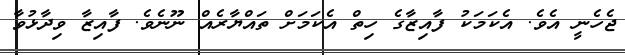
ޖެހެނީ އެވެ. އެކަމަކު ފާއިޒާގެ ހިތް އެކަމަށް ތައްޔާރެއް ނޫނެވެ. ފާއިޒާ ވިދާޅުވާ